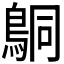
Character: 𬷍